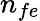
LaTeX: n_{fe}